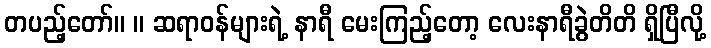
တပည့်တော်။ ။ ဆရာဝန်များရဲ့ နာရီ မေးကြည့်တော့ လေးနာရီခွဲတိတိ ရှိပြီလို့